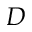
D